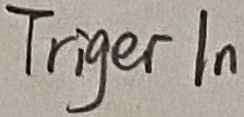
Text: Triger In